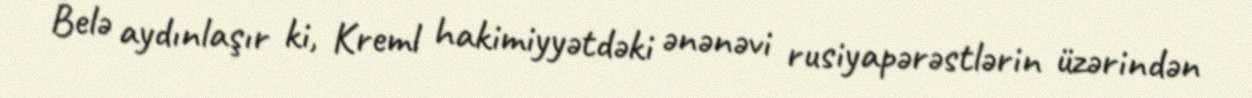
Belə aydınlaşır ki, Kreml hakimiyyətdəki ənənəvi rusiyapərəstlərin üzərindən